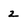
Character: 2